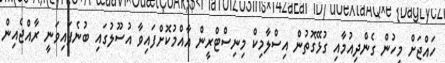
ހައްޖަށް މީހުން ގެންދިއުމާއި ގުޅޭގޮތުން އިސްލާމިކް މިނިސްޓްރީން އާއްމުކޮށްފައިވާ އުސޫލުގައި ބުނެފައިވަނީ ރާއްޖެއިން